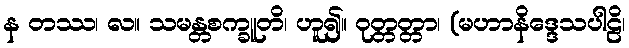
န တဿ၊ လ။ သမန္တစက္ခူတိ၊ ဟူ၍။ ဝုတ္တတ္တာ၊ (မဟာနိဒ္ဒေသပါဠိ၊